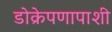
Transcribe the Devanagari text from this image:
डोक्रेपणापाशी